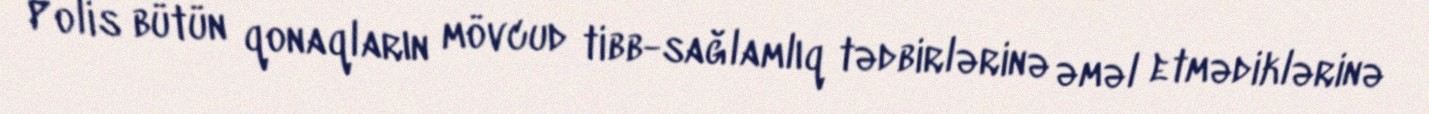
Polis bütün qonaqların mövcud tibb-sağlamlıq tədbirlərinə əməl etmədiklərinə